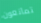
تمانعون